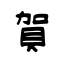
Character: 賀